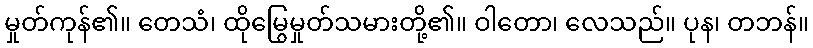
မှုတ်ကုန်၏။ တေသံ၊ ထိုမြွေမှုတ်သမားတို့၏။ ဝါတော၊ လေသည်။ ပုန၊ တဘန်။